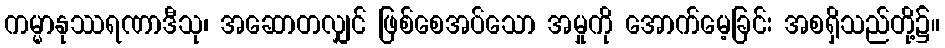
ကမ္မာနုဿရဏာဒီသု၊ အဆောတလျှင် ဖြစ်စေအပ်သော အမှုကို အောက်မေ့ခြင်း အစရှိသည်တို့၌။